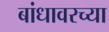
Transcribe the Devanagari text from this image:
बांधावरच्या